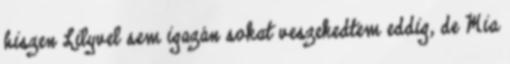
hiszen Lilyvel sem igazán sokat veszekedtem eddig, de Mia